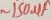
Text: ~150µF